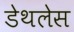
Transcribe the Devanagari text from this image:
डेथलेस